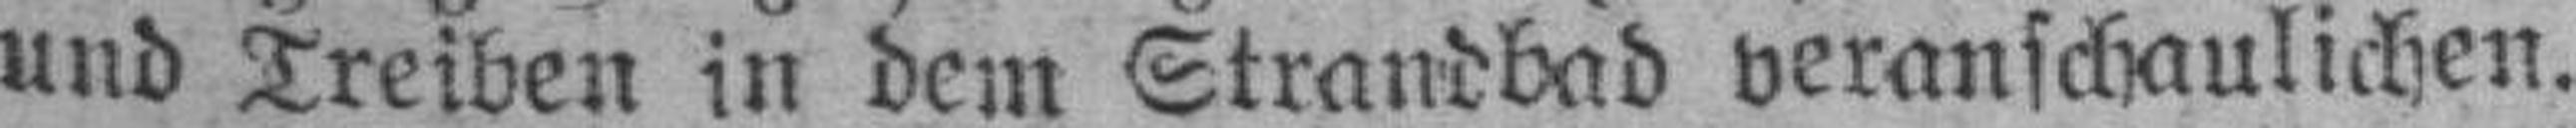
und Treiben in dem Strandbad veranschaulichen.